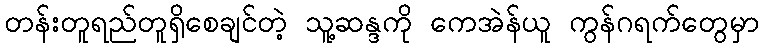
တန်းတူရည်တူရှိစေချင်တဲ့ သူ့ဆန္ဒကို ကေအဲန်ယူ ကွန်ဂရက်တွေမှာ